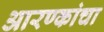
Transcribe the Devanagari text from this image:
आरण्कांचा